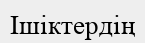
Ішіктердің